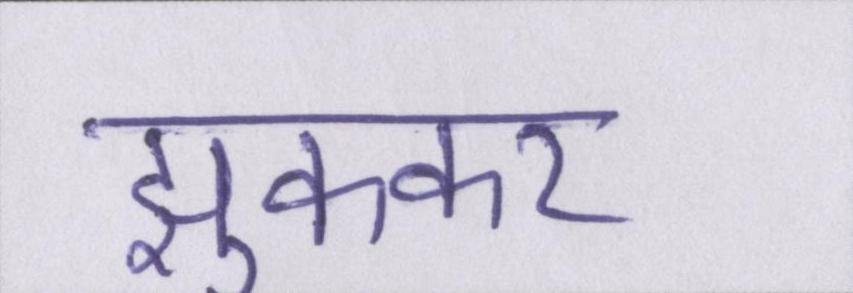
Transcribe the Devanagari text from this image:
झुककर